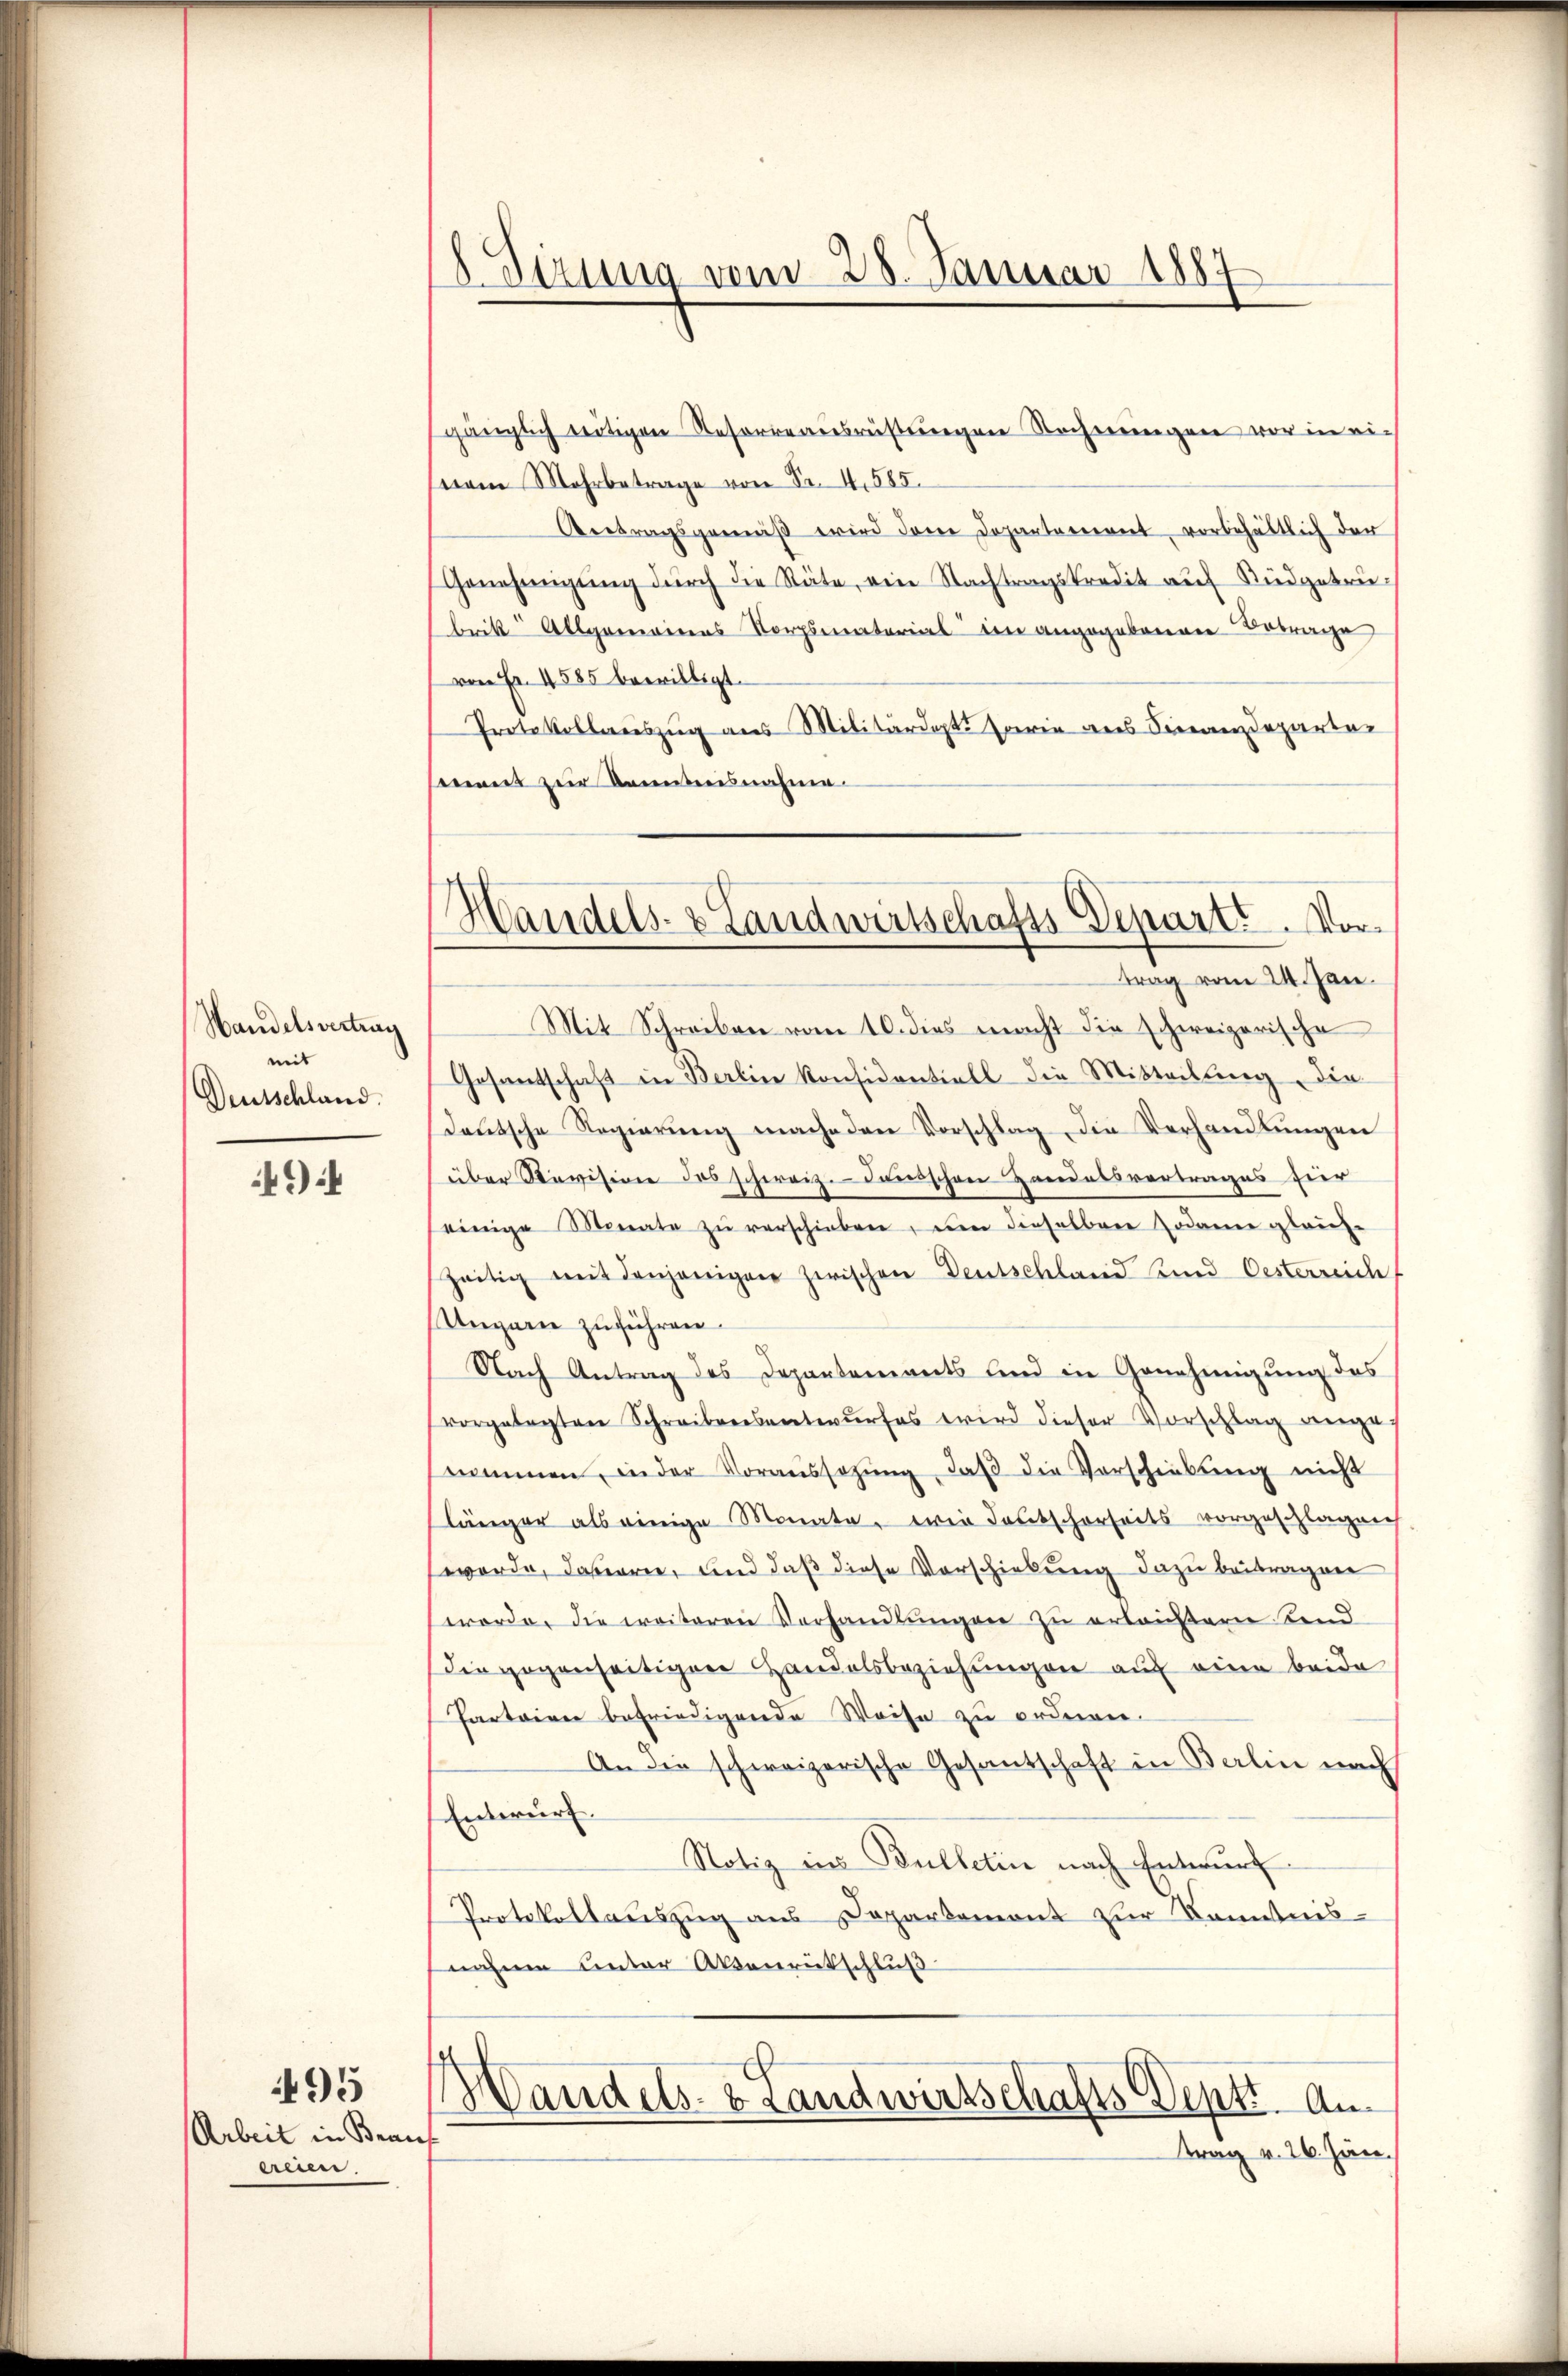
Handelsvertrag
mit
Deutschland.

49

Arbeit in Bean
ereien.

495

8. Sizung vom 28. Januar 1887

Handels- & Landwirtschafts Departe. Vortrag vom 24. Jan.

gänzlich nötigen Resorreausrüstungen Rechnungen vor in ei-
nam Mehrbetrage von Sr. 4, 585.
Antragsgemäβ wird dem Departement, vorbehältlich der
Genehmigung durch die Räte, ein Nachtragskredit auf Büdgetrübrik Allgemeines Korpsmaterial den angegebenenen Betrage
von Fr. 4585 bewilligt.
Protokollauszug aus Militärdepts sowie aus Finanzdeparten
ment zur Kenntensnahme.
Mit Schreiben vom 10. dies macht die schweizerische
Gesantschaft in Berlin konsidentiell die Mitteilung, die
deutsche Regierung mache den Vorschlag, die Verhandlungen
über Revision des schweiz. Landschen Handelsvertrages hier
einige Monate zŭ verschieben, um dieselben sodann glaich-
zeitig mit denjenigen zwischen Deutschland und Oesterreichf
Ungarn zuführen
Nach Antrag des Departements und in Genehmigung des
vorgelegten Schreibensentwŭrfes wird dieser Vorschlag ange-
nommen, in der Voraussetzŭng, daβ die Vorschiebung nicht
länger als einige Monate, wie deutscherseits vorgeschlagen
worde, davorie, und daß diese Vorschiebung dazu beitragen
werde, die weiteren Verhandlungen zu erlaufern send
die gegenseitigen Handelsbeziehungen auf eine beide
Parteien befriedigende Weise zu ordnen.
An die schweizerische Gesantschaft in Berlin nach
Entwurf.
Notiz in Bulletin nach Entwurf
Protokollauszug aus Departemont zur Kenntnis-
nahmen unter Aktenrutschluß
d
Vandels- & Landwirtschafts Dept. Au
f
trag v. 26. Jan.